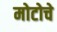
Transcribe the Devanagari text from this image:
मोटोचे